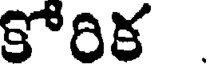
కోరిక